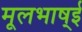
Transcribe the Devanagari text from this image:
मूलभाष्ई